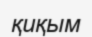
қиқым